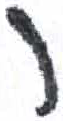
אות: ר